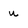
Character: u